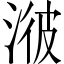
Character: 𣷭